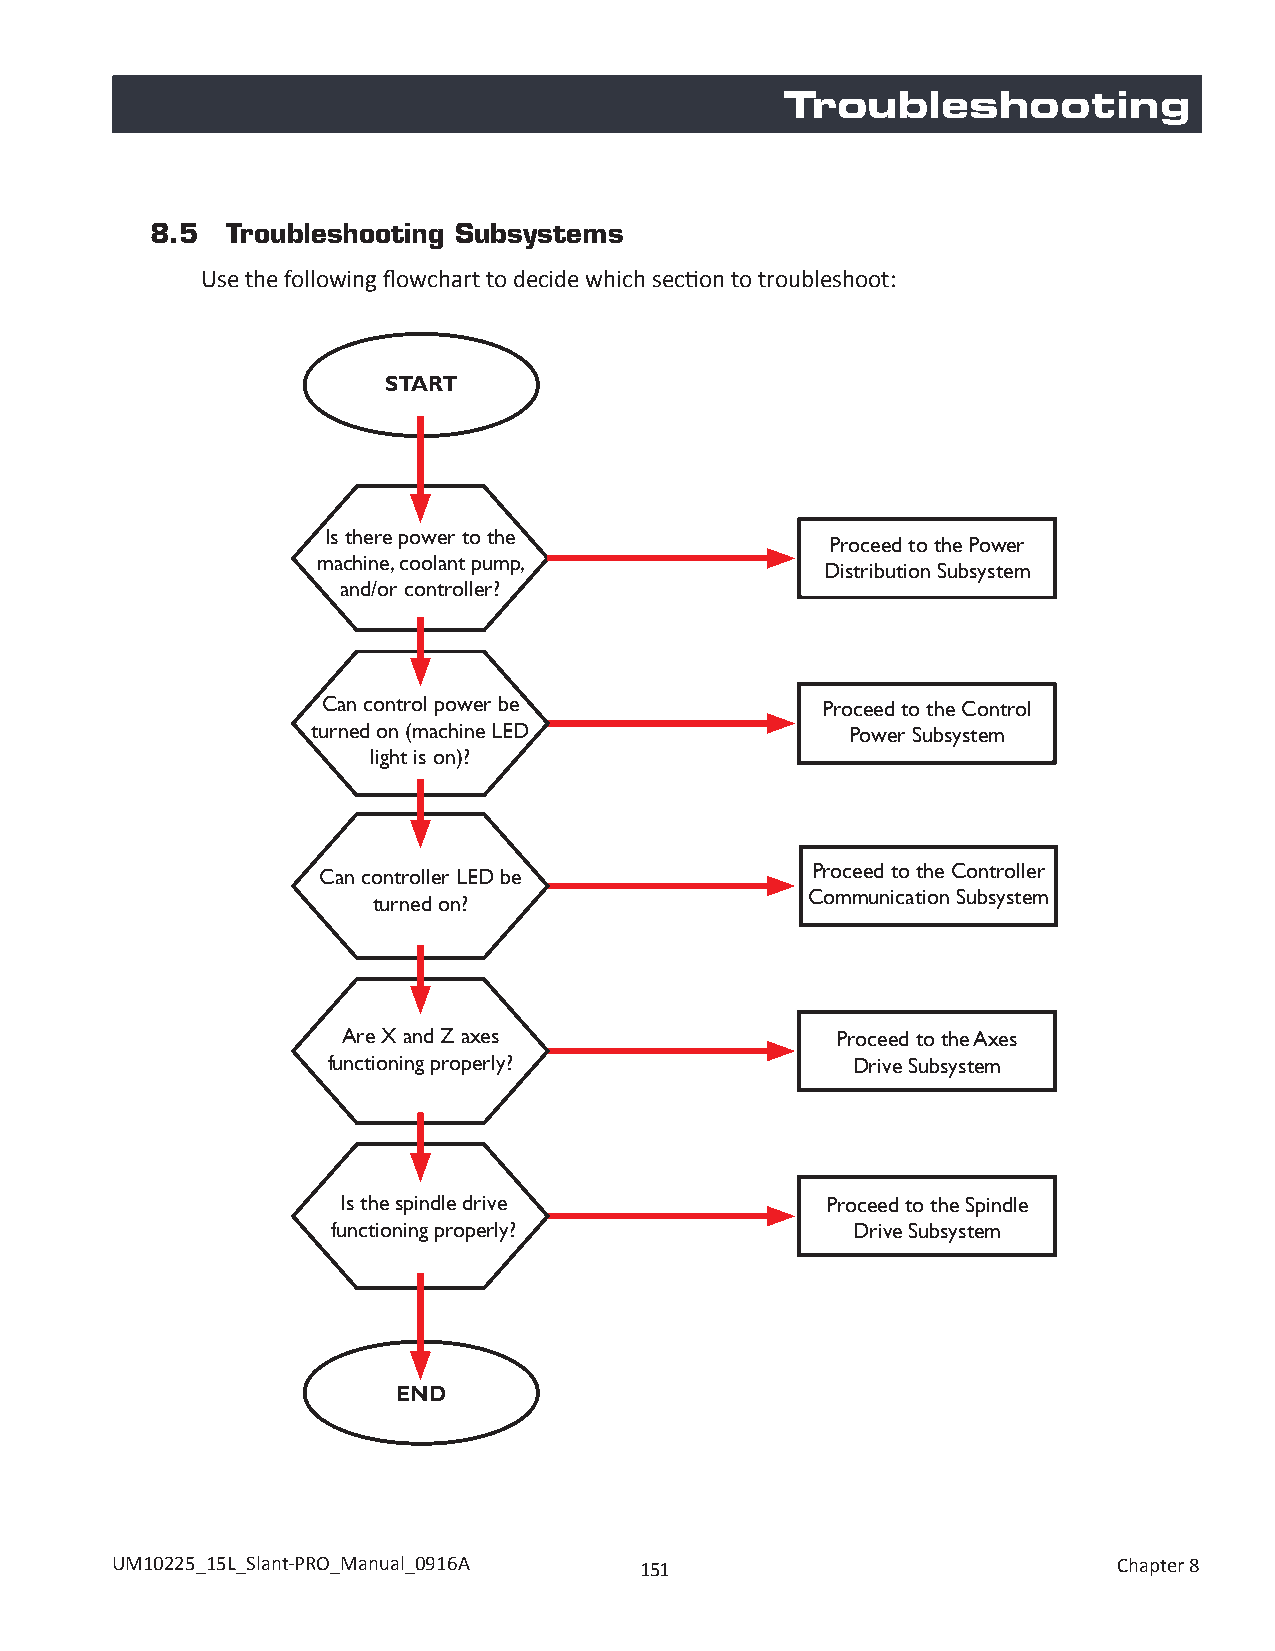
Troubleshooting
 8.5  Troubleshooting Subsystems
 Use the following flowchart to decide which section to troubleshoot:
 START
 Is there power to the
 Proceed to the Power
 machine, coolant pump,
 Distribution Subsystem
 and/or controller?
 Can control power be             Proceed to the Control
 turned on (machine LED             Power Subsystem
 light is on)?
 Proceed to the Controller
 Can controller LED be
 Communication Subsystem
 turned on?
 Are X and Z axes                Proceed to the Axes
 functioning properly?             Drive Subsystem
 Is the spindle drive            Proceed to the Spindle
 functioning properly?             Drive Subsystem
 END
 UM10225_15L_Slant-PRO_Manual_0916A 151                             Chapter 8